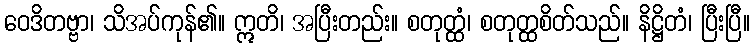
ဝေဒိတဗ္ဗာ၊ သိအပ်ကုန်၏။ ဣတိ၊ အပြီးတည်း။ စတုတ္ထံ၊ စတုတ္ထစိတ်သည်။ နိဋ္ဌိတံ၊ ပြီးပြီ။